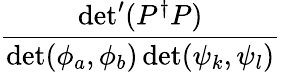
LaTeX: \displaystyle\frac{\operatorname*{det}^{\prime}(P^{\dagger}P)}{\operatorname*{det}(\phi_{a},\phi_{b})\operatorname*{det}(\psi_{k},\psi_{l})}